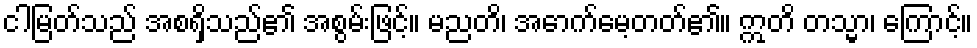
ငါမြတ်သည် အစရှိသည်၏ အစွမ်းဖြင့်။ မညတိ၊ အောက်မေ့တတ်၏။ ဣတိ တသ္မာ၊ ကြောင့်။